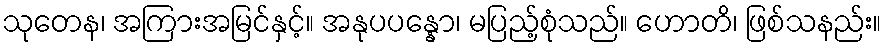
သုတေန၊ အကြားအမြင်နှင့်။ အနုပပန္နော၊ မပြည့်စုံသည်။ ဟောတိ၊ ဖြစ်သနည်း။